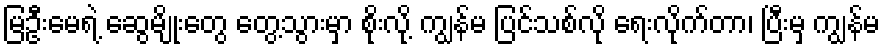
မြဦးမေရဲ့ ဆွေမျိုးတွေ တွေ့သွားမှာ စိုးလို့ ကျွန်မ ပြင်သစ်လို ရေးလိုက်တာ၊ ပြီးမှ ကျွန်မ